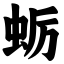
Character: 蛎